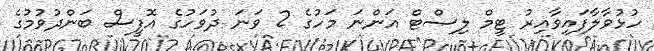
ހުޅުވާލާފައިވާއިރު ޓީމް ލިސްޓް އަންނަ މަހުގެ 2 ވަނަ ދުވަހުގެ އޮފީސް ބަންދުވުމުގެ